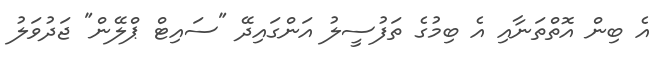
އެ ބިން އޮތްތަނާއި އެ ބިމުގެ ތަފުސީލު އަންގައިދޭ "ސައިޓް ޕްލޭން" ޖަދުވަލު